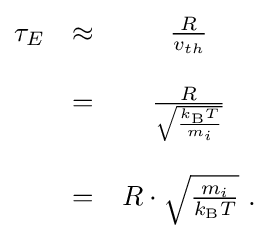
{\begin{matrix}\tau _{E}&\approx &{\frac {R}{v_{th}}}\\\\&=&{\frac {R}{\sqrt {\frac {k_{\rm {B}}T}{m_{i}}}}}\\\\&=&R\cdot {\sqrt {\frac {m_{i}}{k_{\rm {B}}T}}}{\mbox{ .}}\\\end{matrix}}